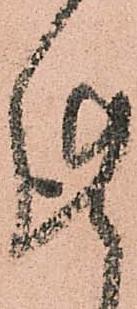
謹